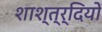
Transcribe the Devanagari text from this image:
शाश्त्र्दियों